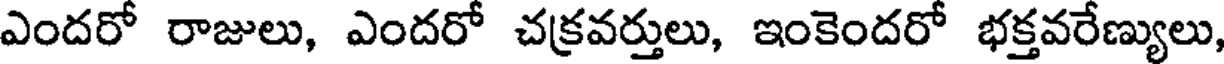
ఎందరో రాజులు, ఎందరో చక్రవర్తులు, ఇంకెందరో భక్తవరేణ్యులు,